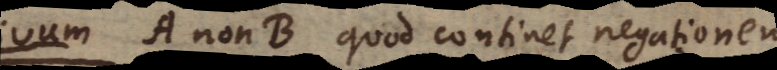
m A non B quod continet negationem,